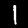
Digit: 1